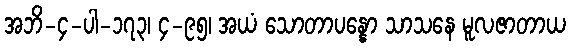
အဘိ-၄-ပါ-၁၇၃၊ ၄-၉၅၊ အယံ သောတာပန္နော သာသနေ မူလဇာတာယ